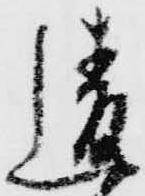
違